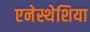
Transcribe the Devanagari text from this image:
एनेस्थेशिया